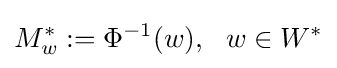
M_{w}^{*}:=\Phi ^{-1}(w),\ \ w\in W^{*}